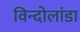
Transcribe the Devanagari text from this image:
विन्दोलांडा